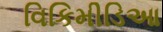
વિકિમીડિઆ